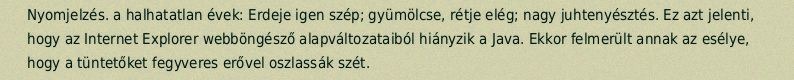
Nyomjelzés. a halhatatlan évek: Erdeje igen szép; gyümölcse, rétje elég; nagy juhtenyésztés. Ez azt jelenti, hogy az Internet Explorer webböngésző alapváltozataiból hiányzik a Java. Ekkor felmerült annak az esélye, hogy a tüntetőket fegyveres erővel oszlassák szét.